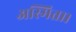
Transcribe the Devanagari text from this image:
अस्मिता।